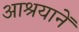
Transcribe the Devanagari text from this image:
आश्रयानें